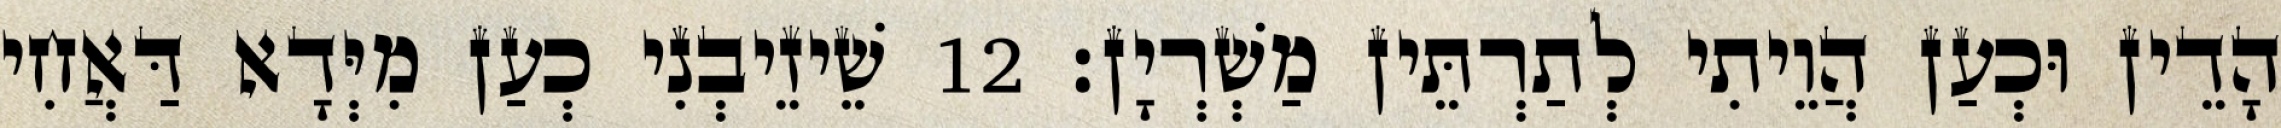
הָדֵין וּכְעַן הֲוֵיתִי לְתַרְתֵּין מַשְׁרְיָן׃ 12 שֵׁיזֵיבְנִי כְעַן מִיְּדָא דַּאֲחִי